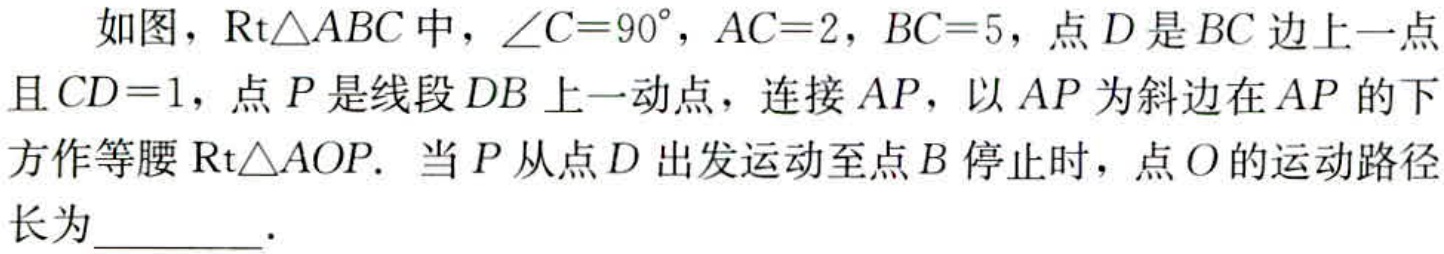
如图，$\text{Rt}\triangle ABC$中，$\angle C = 90^{\circ}$，$AC = 2$，$BC = 5$，点$D$是$BC$边上一点且$CD = 1$，点$P$是线段$DB$上一动点，连接$AP$，以$AP$为斜边在$AP$的下方作等腰$\text{Rt}\triangle AOP$．当$P$从点$D$出发运动至点$B$停止时，点$O$的运动路径长为  ．